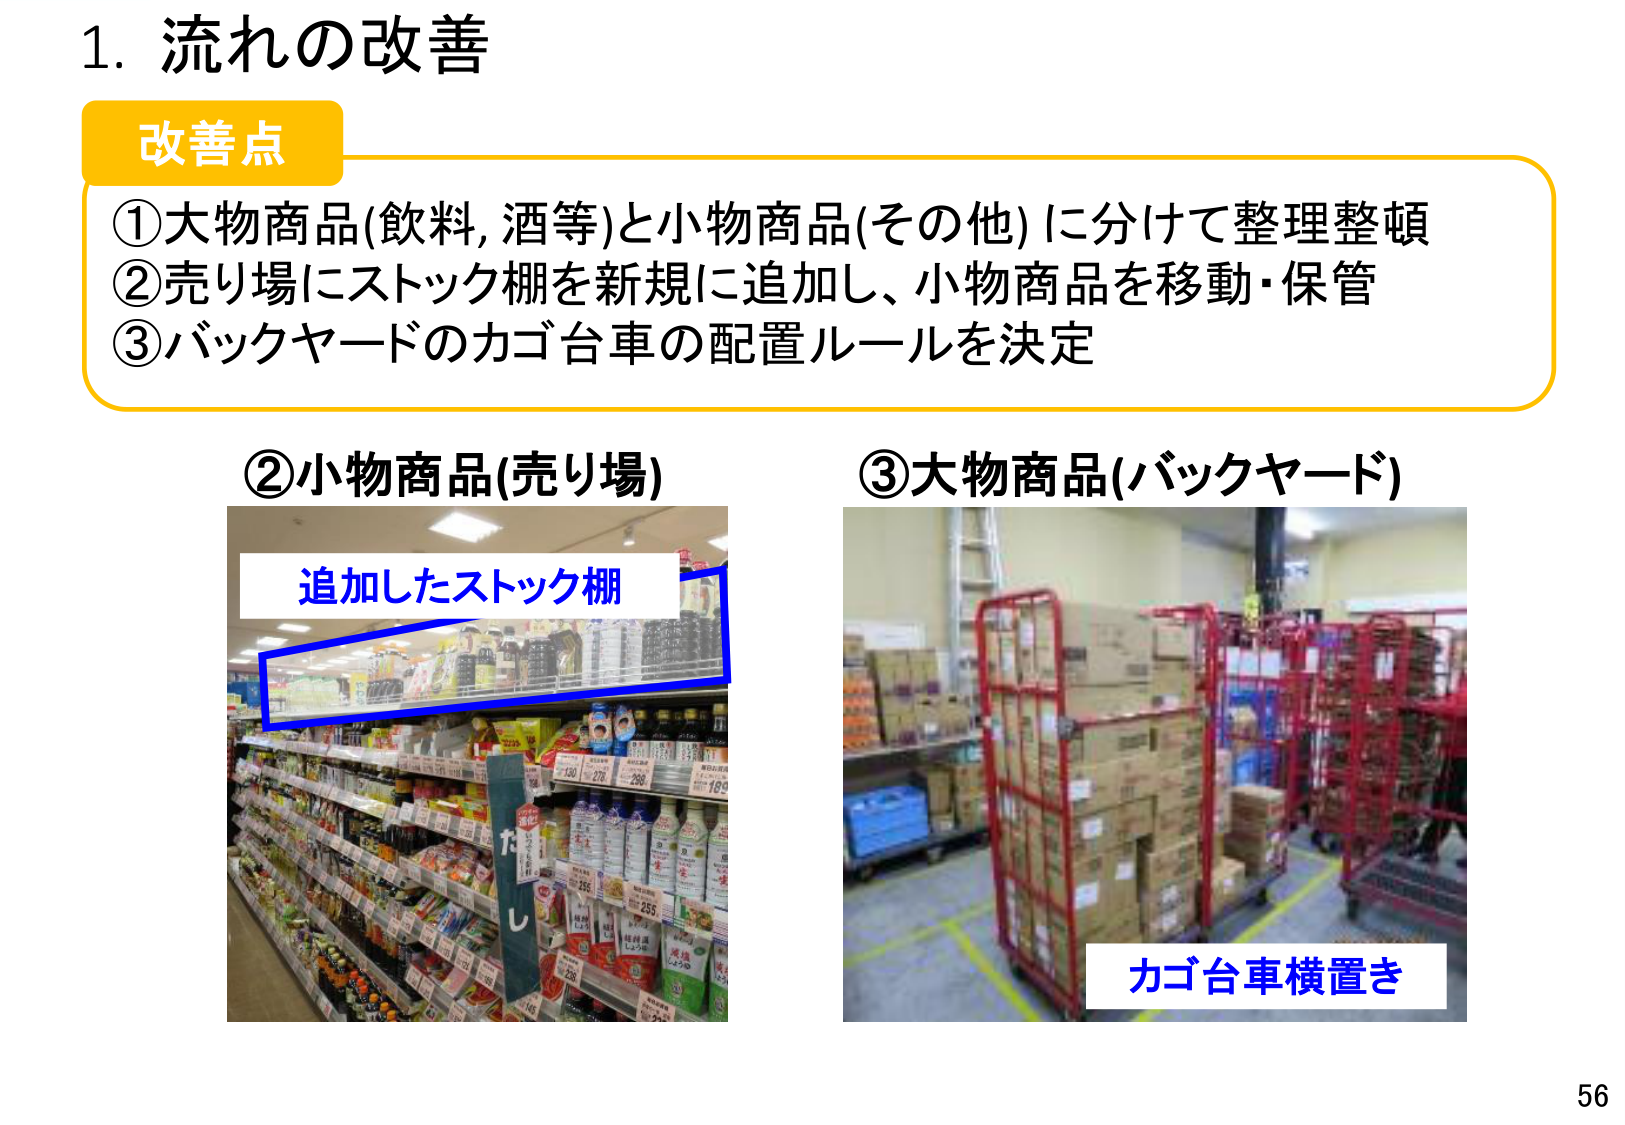
1. 流れの改善

改善点
①大物商品(飲料, 酒等)と小物商品(その他)に分けて整理整頓
②売り場にストック棚を新規に追加し、小物商品を移動・保管
③バックヤードのカゴ台車の配置ルールを決定

②小物商品(売り場)
追加したストック棚

③大物商品(バックヤード)
カゴ台車横置き

56